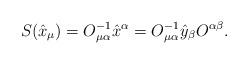
LaTeX: \begin{gather*}{S}(\hat{x}_\mu)=O_{\mu\alpha}^{-1}\hat{x}^\alpha=O_{\mu\alpha}^{-1} \hat{y}_\beta O^{\alpha\beta}.\end{gather*}